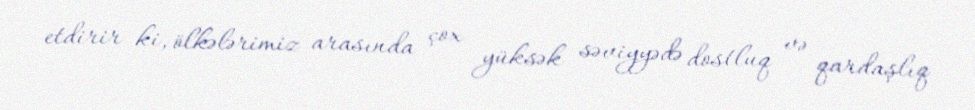
etdirir ki, ölkələrimiz arasında çox yüksək səviyyədə dostluq və qardaşlıq